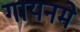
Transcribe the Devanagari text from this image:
गायनमे